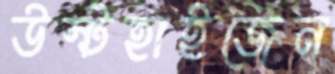
উস্টহাইজেন